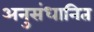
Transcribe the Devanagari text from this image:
अनुसंधानित